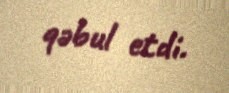
qəbul etdi.